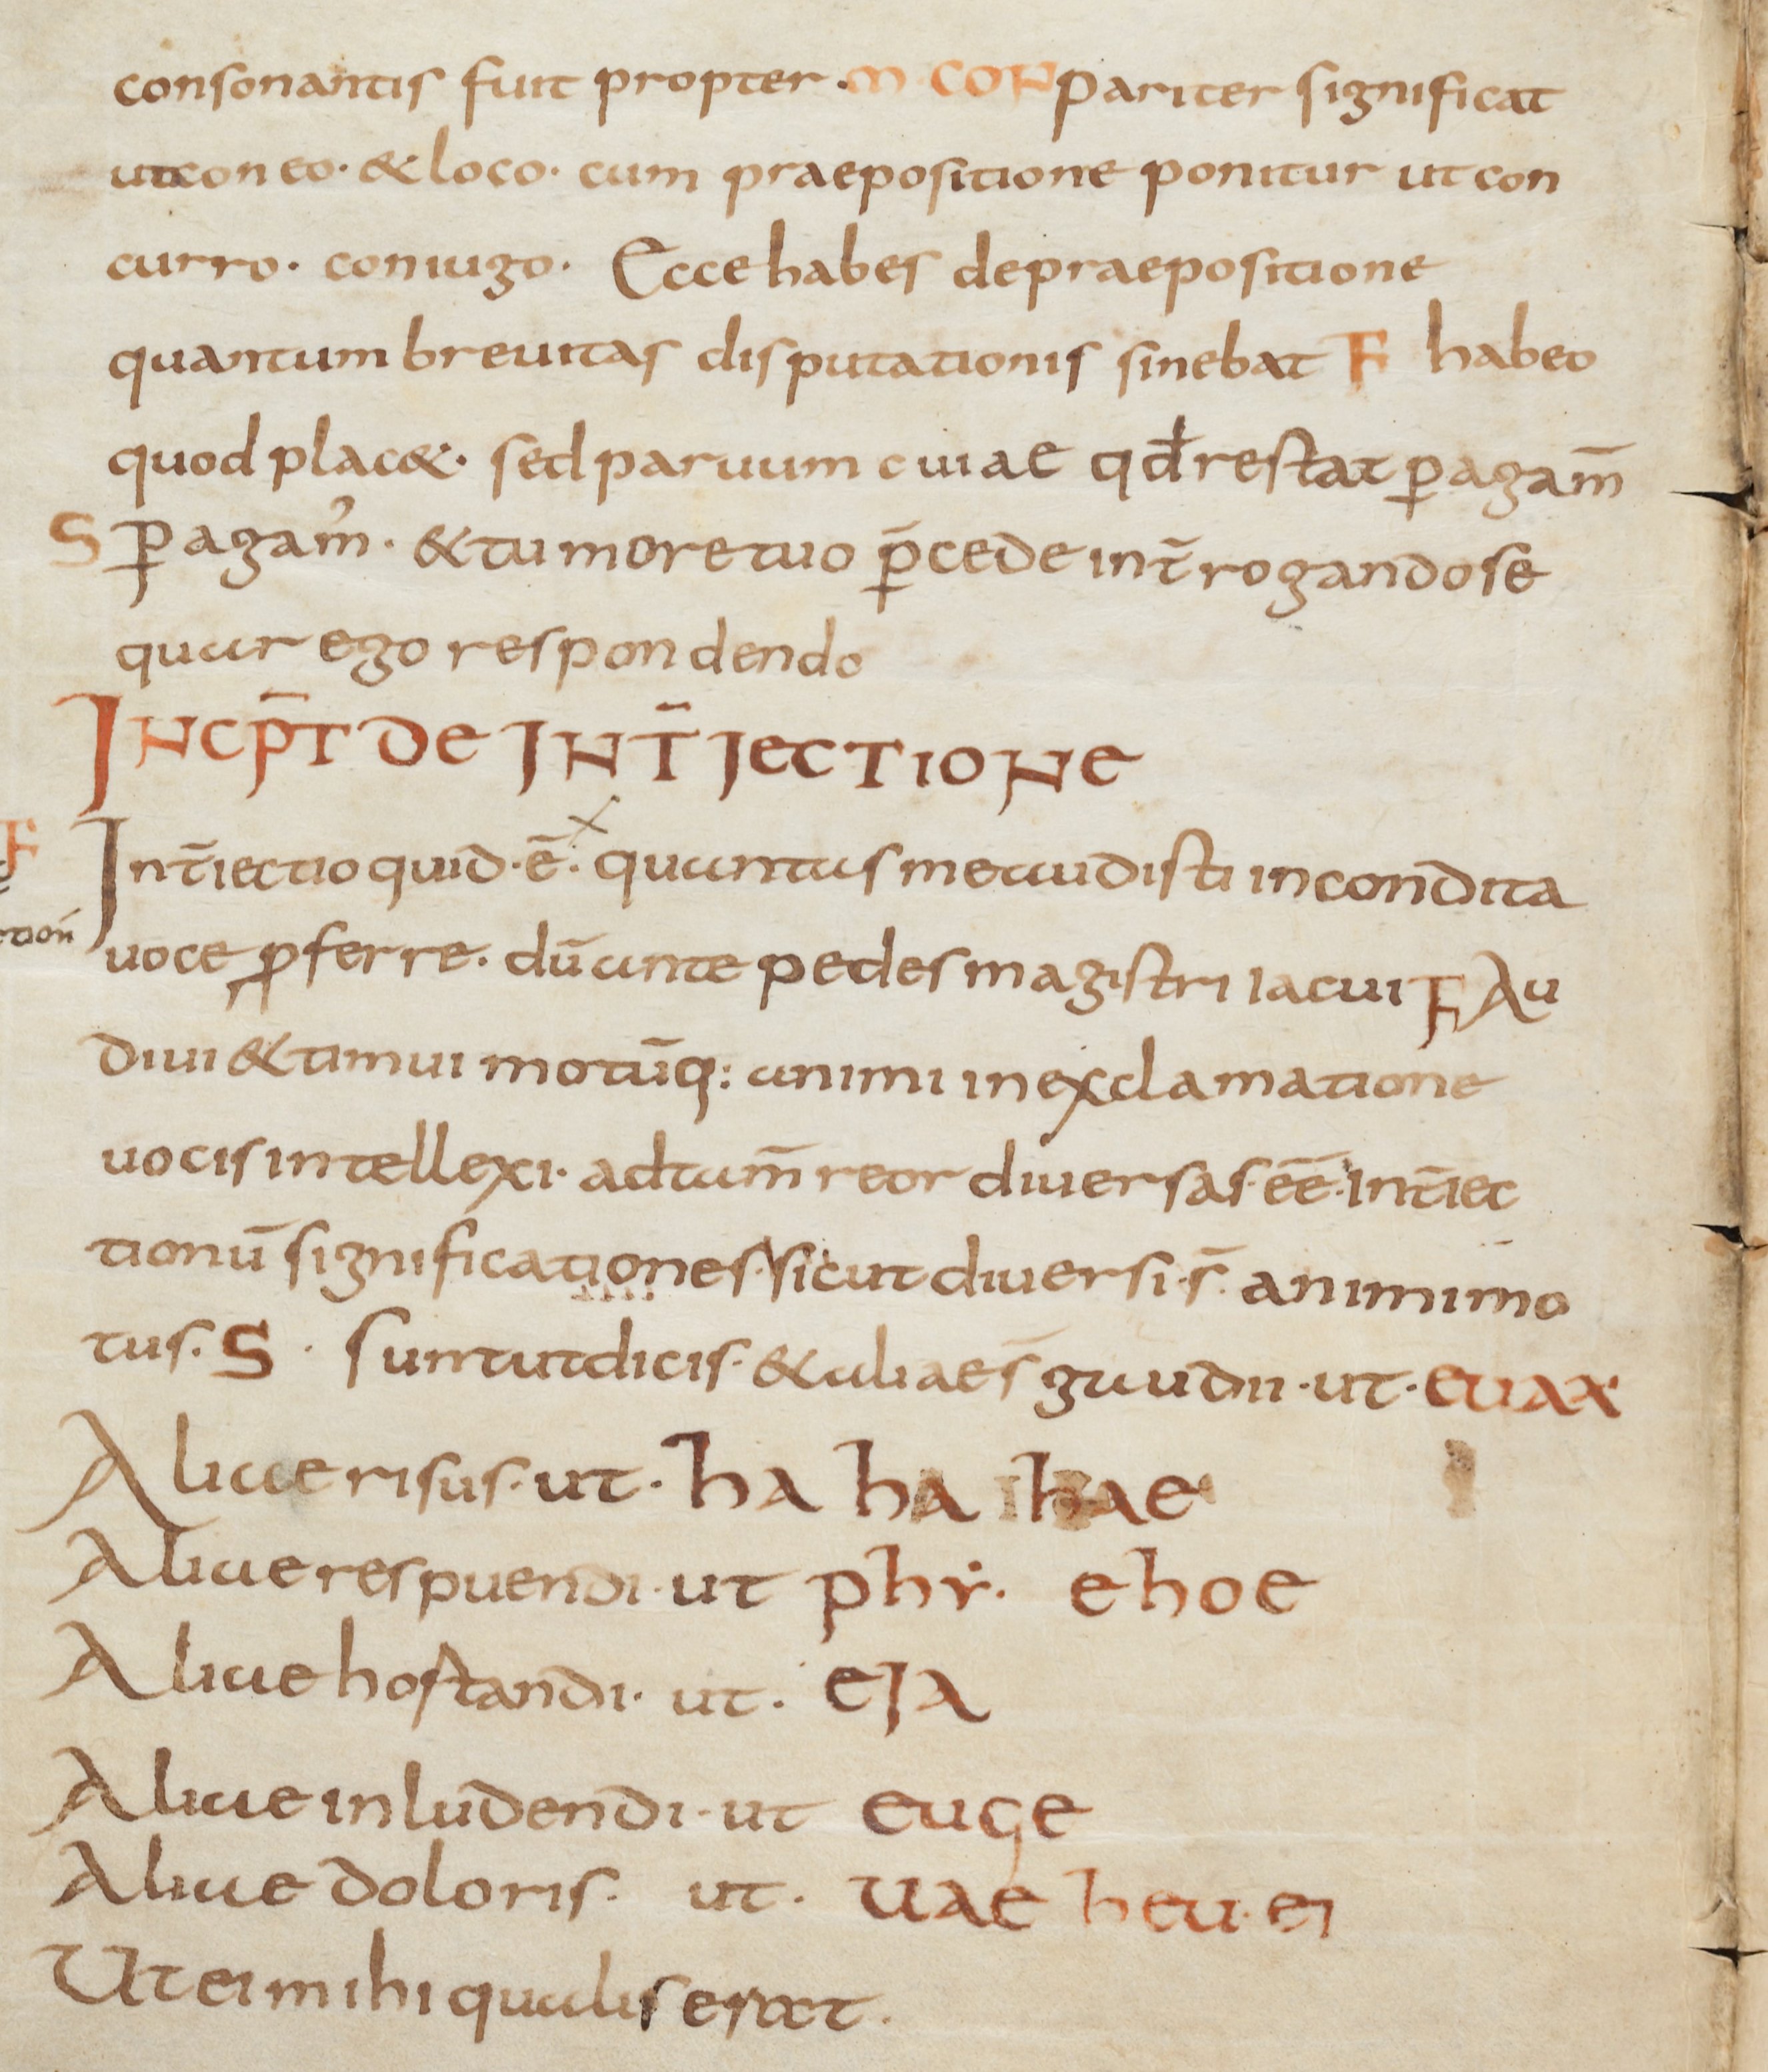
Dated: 800–899